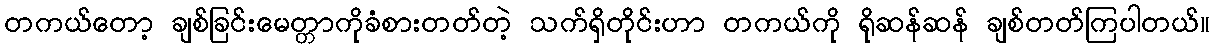
တကယ်တော့ ချစ်ခြင်းမေတ္တာကိုခံစားတတ်တဲ့ သက်ရှိတိုင်းဟာ တကယ်ကို ရိုဆန်ဆန် ချစ်တတ်ကြပါတယ်။